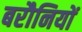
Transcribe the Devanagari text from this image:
बरौनियों